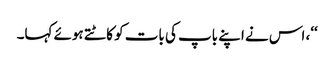
‘‘، اس نے اپنے باپ کی بات کو کاٹتے ہوئے کہا۔